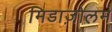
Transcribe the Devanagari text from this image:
मिडाज़ोलम